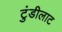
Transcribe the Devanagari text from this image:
टुंडीलाट